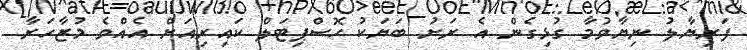
ފަރިޔާލު ނިޔާވުމާ ގުޅިގެން އެ ރަށު ބަޔަކު ހޮސްޕިޓަލް ކައިރިއަށް އެއްވެ މުޒާހަރާ